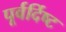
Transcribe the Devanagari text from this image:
पूर्वर्दिष्ट